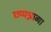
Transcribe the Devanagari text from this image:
छप्पन्नाव्या